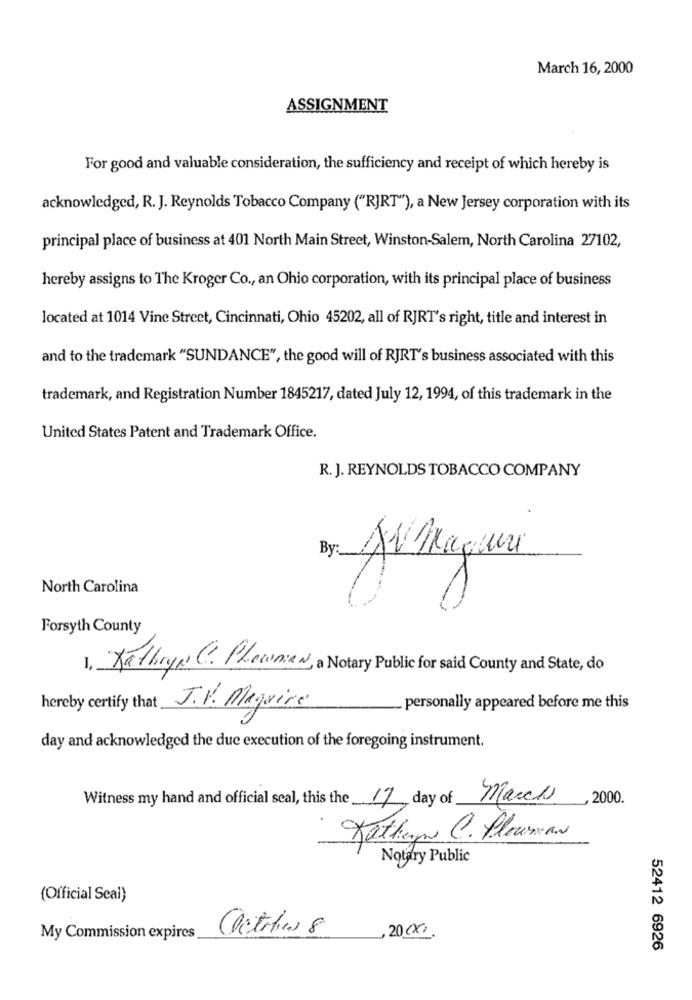
March 16, 2000
ASSIGNMENT
For good and valuable consideration, the sufficiency and receipt of which hereby is
acknowledged, R. J. Reynolds Tobacco Company ("RJRT"), a New Jersey corporation with its
principal place of business at 401 North Main Street, Winston-Salem, North Carolina 27102,
hereby assigns to The Kroger Co ., an Ohio corporation, with its principal place of business
located at 1014 Vine Street, Cincinnati, Ohio 45202, all of RJRT's right, title and interest in
and to the trademark "SUNDANCE", the good will of RJRT's business associated with this
trademark, and Registration Number 1845217, dated July 12, 1994, of this trademark in the
United States Patent and Trademark Office.
R.J. REYNOLDS TOBACCO COMPANY
By
North Carolina
Forsyth County
1. Kathryn C. PLownieN, a Notary Public for said County and State, do
hereby certify that J.V. Maguire
personally appeared before me this
day and acknowledged the due execution of the foregoing instrument.
Witness my hand and official seal, this the 17 day of March
,2000.
Katheryn C. Plousman
Notary Public
(Official Scal)
My Commission expires
,2000.
52412 6926